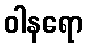
ဝါနရော